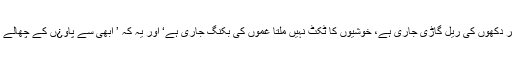
بجٹ پریہ بھی دیکھئے ، ’ میرے دل پر دکھوں کی ریل گاڑی جاری ہے، خوشیوں کا ٹکٹ نہیں ملتا غموں کی بکنگ جاری ہے‘ اور یہ کہ ’ ابھی سے پاو¿ں کے چھالے نہ دیکھو، ابھی یارو سفر کی ابتدا ہے‘۔